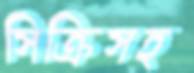
সিক্রিসহ